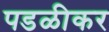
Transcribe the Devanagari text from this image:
पडळीकर